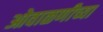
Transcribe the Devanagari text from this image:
ओवाळणीच्या